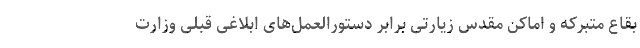
بقاع متبرکه و اماکن مقدس زیارتی برابر دستورالعمل‌های ابلاغی قبلی وزارت